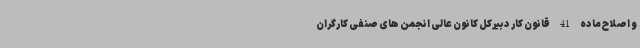
و اصلاح ماده 41 قانون کار دبیرکل کانون عالی انجمن های صنفی کارگران